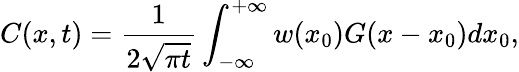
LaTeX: C(x,t)=\frac{1}{2\sqrt{\pi t}}\int_{-\infty}^{+\infty}w(x_{0})G(x-x_{0})dx_{0},